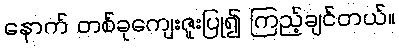
နောက် တစ်ခုကျေးဇူးပြု၍ ကြည့်ချင်တယ်။